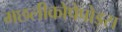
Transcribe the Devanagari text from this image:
मछलीकोपेपोड्स